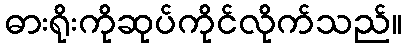
ဓားရိုးကိုဆုပ်ကိုင်လိုက်သည်။